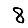
Digit: 8